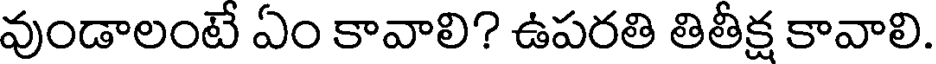
వుండాలంటే ఏం కావాలి? ఉపరతి తితీక్ష కావాలి.